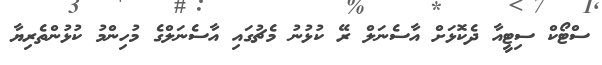
ސްޓޯކް ސިޓީއާ ދެކޮޅަށް އާސެނަލް ރޭ ކުޅުނު މެޗުގައި އާސެނަލްގެ މުހިންމު ކުޅުންތެރިޔާ